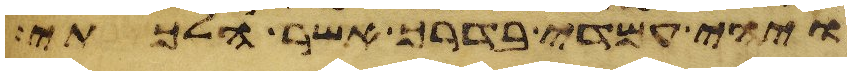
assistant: ויהי עמדי בדרך אשר הלכתי